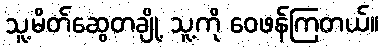
သူ့မိတ်ဆွေတချို့ သူ့ကို ဝေဖန်ကြတယ်။